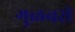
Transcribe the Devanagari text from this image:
गुळवरी